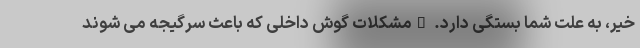
خیر، به علت شما بستگی دارد. _مشکلات گوش داخلی که باعث سرگیجه می شوند